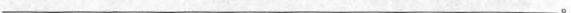
__________________________。